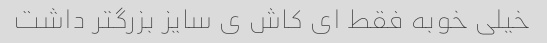
خیلی خوبه فقط ای کاش ی سایز بزرگتر داشت